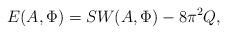
\begin{align*} E(A,\Phi)=SW(A,\Phi)-8\pi^2 Q,\end{align*}